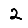
Digit: 2